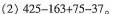
(2)$$4 2 5 - 1 6 3 + 7 5 - 3 7$$。